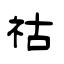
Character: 祜